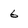
Character: 6